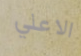
الاعلي